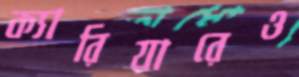
ক্যারিয়ারেও